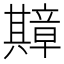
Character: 𫤴